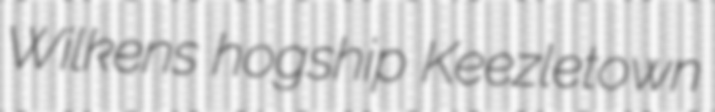
Wilkens hogship Keezletown